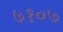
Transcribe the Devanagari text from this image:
७१०७